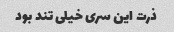
ذرت این سری خیلی تند بود